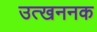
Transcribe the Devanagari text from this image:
उत्खननक